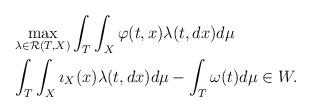
LaTeX: \begin{align*}\begin{aligned}& \max_{\lambda\in \mathcal{R}(T,X)}\int_T\int_X\varphi(t,x)\lambda(t,dx)d\mu \\& \int_T\int_X\imath_X(x)\lambda(t,dx)d\mu-\int_T\omega(t)d\mu\in W.\end{aligned}\end{align*}